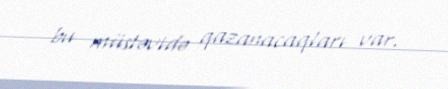
bu müstəvidə qazanacaqları var.